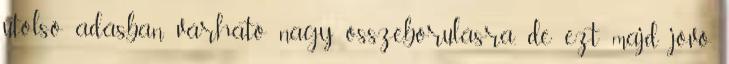
utolsó adásban várható nagy összeborulásra, de ezt majd jövő